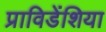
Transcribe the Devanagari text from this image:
प्राविडेंशिया